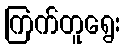
ကြက်တူရွေး